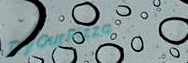
TryOurPizza